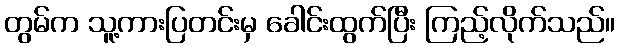
တွမ်က သူ့ကားပြတင်းမှ ခေါင်းထွက်ပြီး ကြည့်လိုက်သည်။